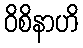
ဝိစိနာဟိ